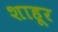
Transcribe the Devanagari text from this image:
शाहूर